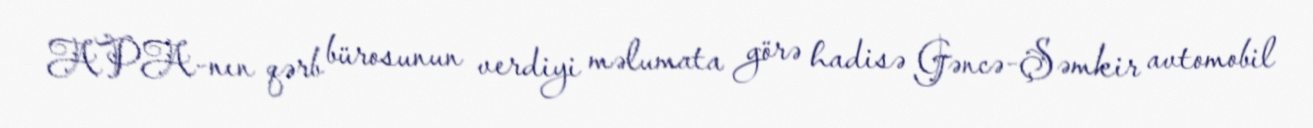
APA-nın qərb bürosunun verdiyi məlumata görə hadisə Gəncə-Şəmkir avtomobil